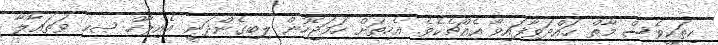
ހިތަކީވެސް މާތް ހައްދަވާފައިވާ އެއްޗެކެވެ. އެހިތަށް ހަމަޖެހުން ލިބިގެންދަނީ އެއިލާހް ޞޙ ވަތަޢާލާ